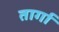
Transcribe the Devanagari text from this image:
तार्गा